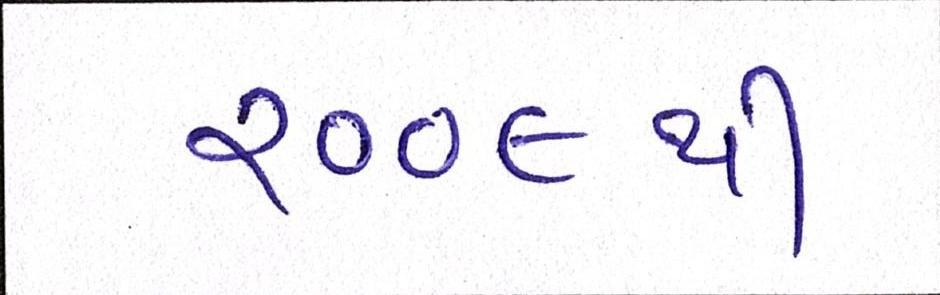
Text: ૨૦૦૯થી